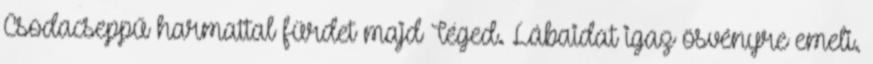
Csodacseppű harmattal fürdet majd Téged. Lábaidat igaz ösvényre emeli.